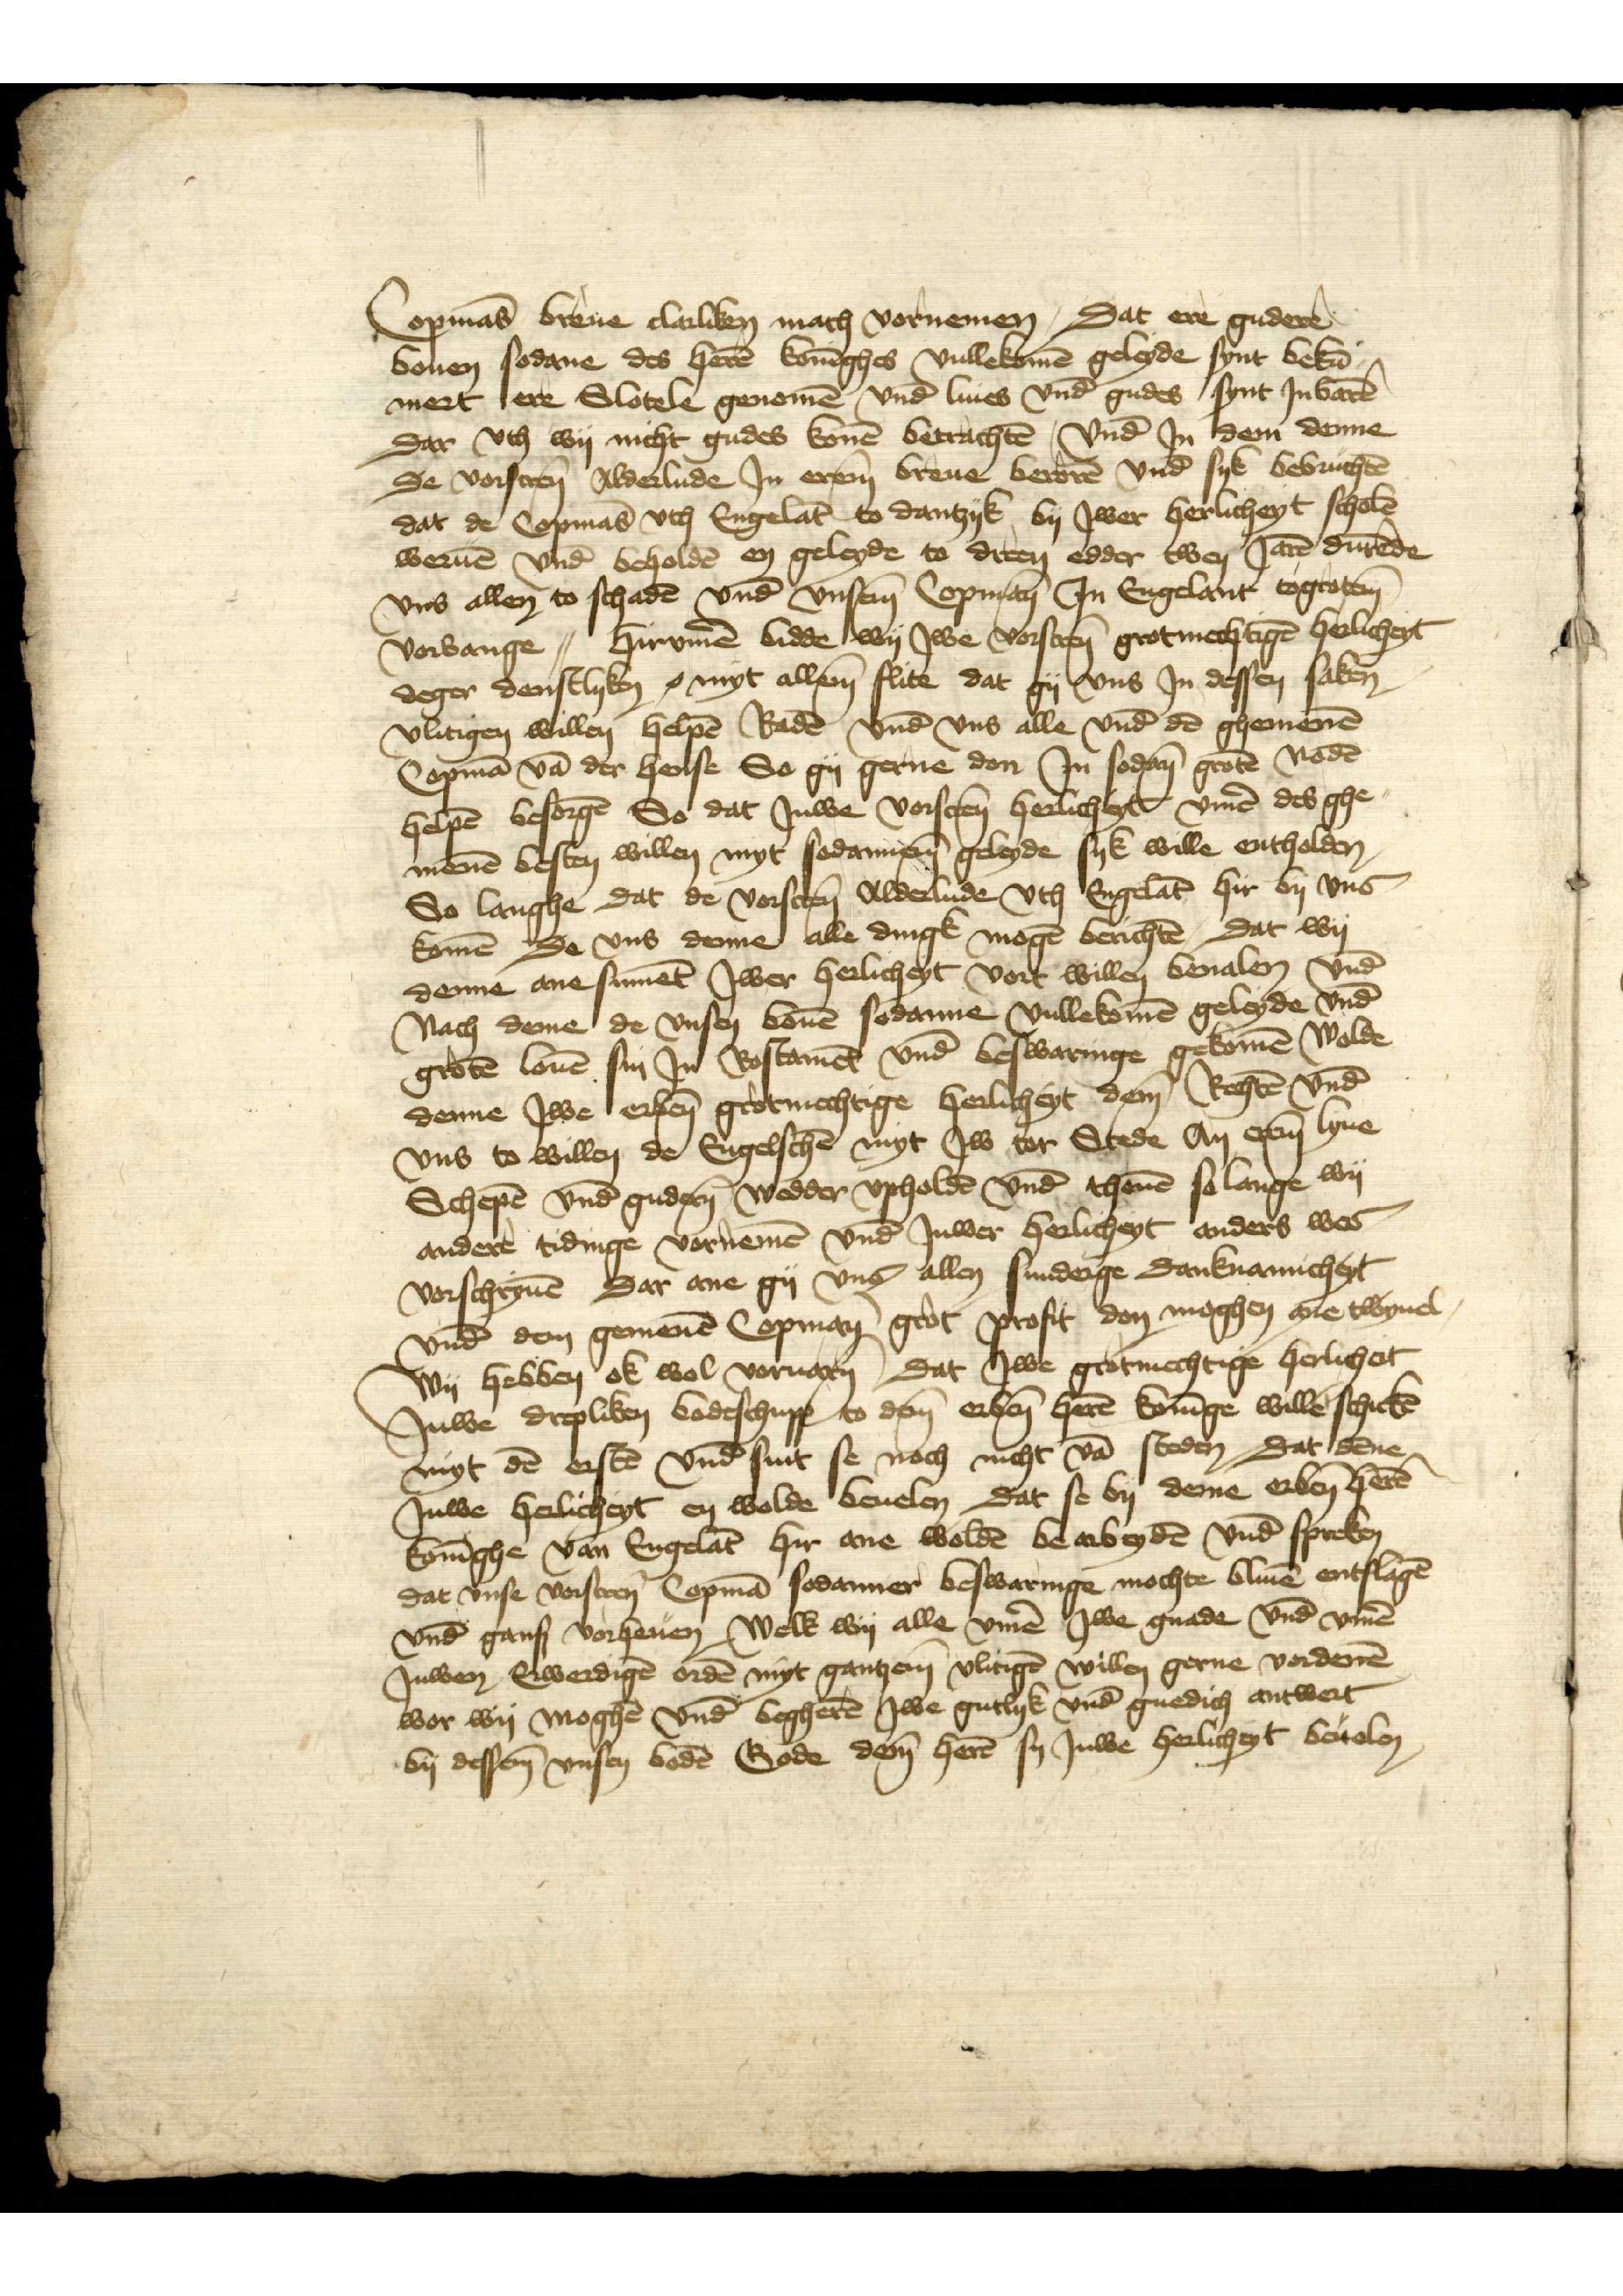
Copmās breue clarliken mach vornemen, Dat ere gudere
bouen sodane des herē konīghes vullekomē geleyde synt bekū¬
mert ere Slotele genomē vnd liues vnd̄ gudes synt Jn varē
Dar vth wy nicht gudes konē betrachtē, vnd̄ Jn dem denne
De vorscren̄ Alderlude Jn erem breue berorē vnd̄ syk bevruchtē
dat de Copmās vth Engelāt to Dantzyk by Jwer herlicheyt scholē
weruē vnd̄ beholdē en geleyde to dreen edder twen Jarē durēde
vns allen to schadē vnd̄ vnsẻm Copman̄ Jn Engelant togroten
vorvange | Hirv̄me bidde wy Jwe vorscren̄ grotmechtigē herlicheyt
deger denstlyken z myt allem flite dat gy vns Jn dessen saken
vlitigen willen helpē Radē vnd̄ vns alle vnd̄ dē ghemenē
Copmā vā der hense So gy gerne don Jn sodan̄ grotē Nodē
helpē besorgē So dat Juwe vorscren̄ herlicheyt v̄me des ghe¬
menē besten willen myt sodannēm geleyde syk wille entholden
So langhe dat de vorscren̄ Alderlude vth Engelāt hir by vns
komē de vns deme alle dingk mogē berichtē, Dat wy
deme ane sumēt Jwer herlicheyt vort willen beualen vnd̄
Nach deme de vnsen bouē sodanne vullekomē geleyde vnd̄
grotē louē sin Jn Rostamēt vnd beswaringe gekomē Wolde
denne Jwe erbẻn grotmechtige herlicheyt dem̄ Rechtē vnd̄
vns to willen de Engelschē myt Jw tor Stede An erem lyue
Schepē vnd̄ gudern wedder vpholdē vnd̄ thouē so lange wy
andere tidinge vornemē vnd̄ Juwer herlicheyt anders was
vorschryuē Dar ane gy vns allen sunderge danknamicheyt
vnd̄ dem gemenē Copman grot profit don moghen ane twyuel
Wy hebben ok wol voruāen Dat Jwe grotmechtige herlicheit
Juwe drepliken bodeschupp to dem̄ erben̄ herē konīge willē schickē
myt dē erstē vnd̄ sint se noch nicht vā steden, Dat dēne
Juwe herlicheyt en wolde beuelen Dat se by deme erben̄ herē
konīghe van Engelāt hir ane woldē be arbeydē vnd̄ spreken
dat vnse vorscren̄ Copmā sodanner beswaringe mochte bliuē entslagē
vnd̄ gansz vorheuen, Welk wy alle v̄me Jwe gnade vnd̄ v̄me
Juwen Erwerdigē ordē myt gantzem vlitigē willen gerne vordenē
wor wy moghē vnd̄ begherē Jwe gutlyk vnd̄ gnedich antwert
by dessem vnsen bodē Gode dem̄ herē sy Juwe herlicheyt beuelen